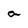
Character: a